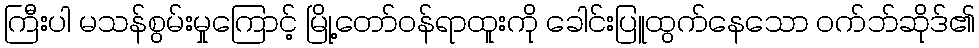
ကြီးပါ မသန်စွမ်းမှုကြောင့် မြို့တော်ဝန်ရာထူးကို ခေါင်းပြူထွက်နေသော ဝက်ဘ်ဆိုဒ်၏